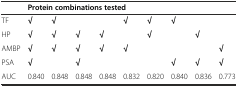
<table><thead><tr><td></td><td colspan="9"><b>Protein combinations tested</b></td></tr></thead><tbody><tr><td>TF</td><td><b>√</b></td><td><b>√</b></td><td></td><td></td><td><b>√</b></td><td><b>√</b></td><td><b>√</b></td><td></td><td></td></tr><tr><td>HP</td><td><b>√</b></td><td><b>√</b></td><td><b>√</b></td><td><b>√</b></td><td></td><td><b>√</b></td><td></td><td><b>√</b></td><td></td></tr><tr><td>AMBP</td><td><b>√</b></td><td><b>√</b></td><td><b>√</b></td><td><b>√</b></td><td><b>√</b></td><td></td><td></td><td></td><td><b>√</b></td></tr><tr><td>PSA</td><td><b>√</b></td><td></td><td><b>√</b></td><td></td><td></td><td></td><td><b>√</b></td><td><b>√</b></td><td><b>√</b></td></tr><tr><td>AUC</td><td>0.840</td><td>0.848</td><td>0.848</td><td>0.848</td><td>0.832</td><td>0.820</td><td>0.840</td><td>0.836</td><td>0.773</td></tr></tbody></table>